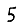
Digit: 5